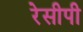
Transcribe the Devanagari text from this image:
रेसीपी